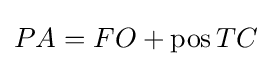
PA=FO+{\text{pos}}\,TC